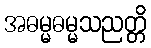
အဓမ္မဓမ္မသညတ္တိ